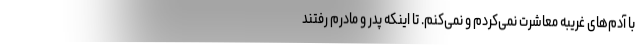
با آدم‌های غریبه معاشرت نمی‌کردم و نمی‌کنم. تا اینکه پدر و مادرم رفتند